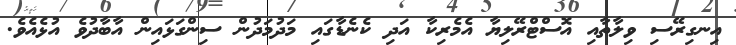
އިނގިރޭސި ވިލާތާއި އޮސްޓްރޭލިޔާ އެމެރިކާ އަދި ކެނެޑާގައި މަދުމަދުން ސިންގަޅައިން އާބާދުވެ އުޅެއެވެ.